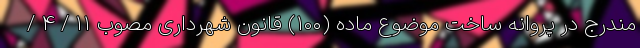
مندرج در پروانه ساخت موضوع ماده (۱۰۰) قانون شهرداری مصوب ۱۱ / ۴ /